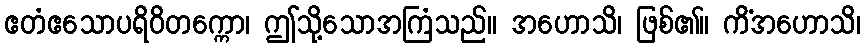
ဧတံဧသောပရိဝိတက္ကော၊ ဤသို့သောအကြံသည်။ အဟောသိ၊ ဖြစ်၏။ ကိံအဟောသိ၊